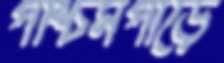
পশ্চিমপাড়ে